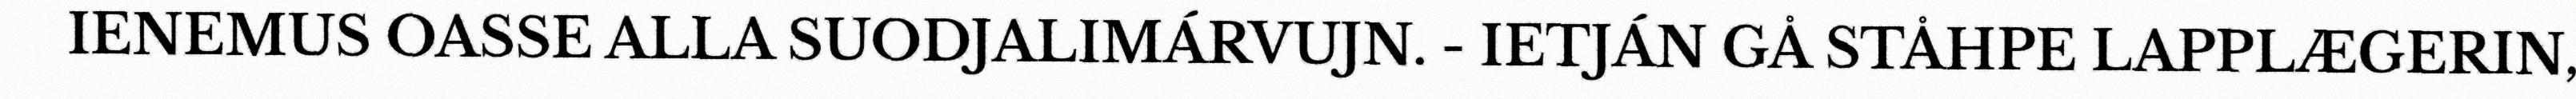
IENEMUS OASSE ALLA SUODJALIMÁRVUJN. - IETJÁN GÅ STÅHPE LAPPLÆGERIN,